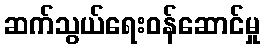
ဆက်သွယ်ရေးဝန်ဆောင်မှု